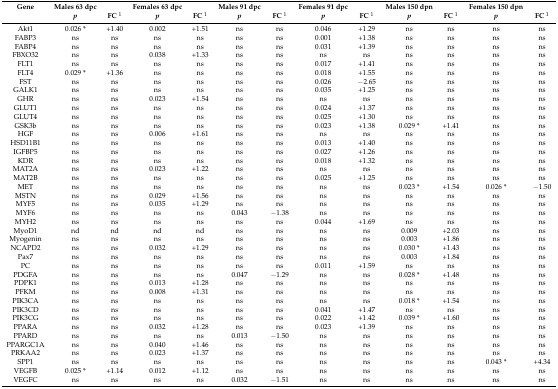
<table><thead><tr><td><b>Gene</b></td><td><b>Males 63 dpc</b></td><td></td><td><b>Females 63 dpc</b></td><td></td><td><b>Males 91 dpc</b></td><td></td><td><b>Females 91 dpc</b></td><td></td><td><b>Males 150 dpn</b></td><td></td><td><b>Females 150 dpn</b></td><td></td></tr><tr><td></td><td><b><i>p</i></b></td><td><b>FC <sup>1</sup></b></td><td><b><i>p</i></b></td><td><b>FC <sup>1</sup></b></td><td><b><i>p</i></b></td><td><b>FC <sup>1</sup></b></td><td><b><i>p</i></b></td><td><b>FC <sup>1</sup></b></td><td><b><i>p</i></b></td><td><b>FC <sup>1</sup></b></td><td><b><i>p</i></b></td><td><b>FC <sup>1</sup></b></td></tr></thead><tbody><tr><td>Akt1</td><td>0.026 *</td><td>+1.40</td><td>0.002</td><td>+1.51</td><td>ns</td><td>ns</td><td>0.046</td><td>+1.29</td><td>ns</td><td>ns</td><td>ns</td><td>ns</td></tr><tr><td>FABP3</td><td>ns</td><td>ns</td><td>ns</td><td>ns</td><td>ns</td><td>ns</td><td>0.001</td><td>+1.38</td><td>ns</td><td>ns</td><td>ns</td><td>ns</td></tr><tr><td>FABP4</td><td>ns</td><td>ns</td><td>ns</td><td>ns</td><td>ns</td><td>ns</td><td>0.031</td><td>+1.39</td><td>ns</td><td>ns</td><td>ns</td><td>ns</td></tr><tr><td>FBXO32</td><td>ns</td><td>ns</td><td>0.038</td><td>+1.33</td><td>ns</td><td>ns</td><td>ns</td><td>ns</td><td>ns</td><td>ns</td><td>ns</td><td>ns</td></tr><tr><td>FLT1</td><td>ns</td><td>ns</td><td>ns</td><td>ns</td><td>ns</td><td>ns</td><td>0.017</td><td>+1.41</td><td>ns</td><td>ns</td><td>ns</td><td>ns</td></tr><tr><td>FLT4</td><td>0.029 *</td><td>+1.36</td><td>ns</td><td>ns</td><td>ns</td><td>ns</td><td>0.018</td><td>+1.55</td><td>ns</td><td>ns</td><td>ns</td><td>ns</td></tr><tr><td>FST</td><td>ns</td><td>ns</td><td>ns</td><td>ns</td><td>ns</td><td>ns</td><td>0.026</td><td>−2.65</td><td>ns</td><td>ns</td><td>ns</td><td>ns</td></tr><tr><td>GALK1</td><td>ns</td><td>ns</td><td>ns</td><td>ns</td><td>ns</td><td>ns</td><td>0.035</td><td>+1.25</td><td>ns</td><td>ns</td><td>ns</td><td>ns</td></tr><tr><td>GHR</td><td>ns</td><td>ns</td><td>0.023</td><td>+1.54</td><td>ns</td><td>ns</td><td>ns</td><td>ns</td><td>ns</td><td>ns</td><td>ns</td><td>ns</td></tr><tr><td>GLUT1</td><td>ns</td><td>ns</td><td>ns</td><td>ns</td><td>ns</td><td>ns</td><td>0.024</td><td>+1.37</td><td>ns</td><td>ns</td><td>ns</td><td>ns</td></tr><tr><td>GLUT4</td><td>ns</td><td>ns</td><td>ns</td><td>ns</td><td>ns</td><td>ns</td><td>0.025</td><td>+1.30</td><td>ns</td><td>ns</td><td>ns</td><td>ns</td></tr><tr><td>GSK3b</td><td>ns</td><td>ns</td><td>ns</td><td>ns</td><td>ns</td><td>ns</td><td>0.023</td><td>+1.38</td><td>0.029 *</td><td>+1.41</td><td>ns</td><td>ns</td></tr><tr><td>HGF</td><td>ns</td><td>ns</td><td>0.006</td><td>+1.61</td><td>ns</td><td>ns</td><td>ns</td><td>ns</td><td>ns</td><td>ns</td><td>ns</td><td>ns</td></tr><tr><td>HSD11B1</td><td>ns</td><td>ns</td><td>ns</td><td>ns</td><td>ns</td><td>ns</td><td>0.013</td><td>+1.40</td><td>ns</td><td>ns</td><td>ns</td><td>ns</td></tr><tr><td>IGFBP5</td><td>ns</td><td>ns</td><td>ns</td><td>ns</td><td>ns</td><td>ns</td><td>0.027</td><td>+1.26</td><td>ns</td><td>ns</td><td>ns</td><td>ns</td></tr><tr><td>KDR</td><td>ns</td><td>ns</td><td>ns</td><td>ns</td><td>ns</td><td>ns</td><td>0.018</td><td>+1.32</td><td>ns</td><td>ns</td><td>ns</td><td>ns</td></tr><tr><td>MAT2A</td><td>ns</td><td>ns</td><td>0.023</td><td>+1.22</td><td>ns</td><td>ns</td><td>ns</td><td>ns</td><td>ns</td><td>ns</td><td>ns</td><td>ns</td></tr><tr><td>MAT2B</td><td>ns</td><td>ns</td><td>ns</td><td>ns</td><td>ns</td><td>ns</td><td>0.025</td><td>+1.25</td><td>ns</td><td>ns</td><td>ns</td><td>ns</td></tr><tr><td>MET</td><td>ns</td><td>ns</td><td>ns</td><td>ns</td><td>ns</td><td>ns</td><td>ns</td><td>ns</td><td>0.023 *</td><td>+1.54</td><td>0.026 *</td><td>−1.50</td></tr><tr><td>MSTN</td><td>ns</td><td>ns</td><td>0.029</td><td>+1.56</td><td>ns</td><td>ns</td><td>ns</td><td>ns</td><td>ns</td><td>ns</td><td>ns</td><td>ns</td></tr><tr><td>MYF5</td><td>ns</td><td>ns</td><td>0.035</td><td>+1.29</td><td>ns</td><td>ns</td><td>ns</td><td>ns</td><td>ns</td><td>ns</td><td>ns</td><td>ns</td></tr><tr><td>MYF6</td><td>ns</td><td>ns</td><td>ns</td><td>ns</td><td>0.043</td><td>−1.38</td><td>ns</td><td>ns</td><td>ns</td><td>ns</td><td>ns</td><td>ns</td></tr><tr><td>MYH2</td><td>ns</td><td>ns</td><td>ns</td><td>ns</td><td>ns</td><td>ns</td><td>0.044</td><td>+1.69</td><td>ns</td><td>ns</td><td>ns</td><td>ns</td></tr><tr><td>MyoD1</td><td>nd</td><td>nd</td><td>nd</td><td>nd</td><td>ns</td><td>ns</td><td>ns</td><td>ns</td><td>0.009</td><td>+2.03</td><td>ns</td><td>ns</td></tr><tr><td>Myogenin</td><td>ns</td><td>ns</td><td>ns</td><td>ns</td><td>ns</td><td>ns</td><td>ns</td><td>ns</td><td>0.003</td><td>+1.86</td><td>ns</td><td>ns</td></tr><tr><td>NCAPD2</td><td>ns</td><td>ns</td><td>0.032</td><td>+1.29</td><td>ns</td><td>ns</td><td>ns</td><td>ns</td><td>0.030 *</td><td>+1.43</td><td>ns</td><td>ns</td></tr><tr><td>Pax7</td><td>ns</td><td>ns</td><td>ns</td><td>ns</td><td>ns</td><td>ns</td><td>ns</td><td>ns</td><td>0.003</td><td>+1.84</td><td>ns</td><td>ns</td></tr><tr><td>PC</td><td>ns</td><td>ns</td><td>ns</td><td>ns</td><td>ns</td><td>ns</td><td>0.011</td><td>+1.59</td><td>ns</td><td>ns</td><td>ns</td><td>ns</td></tr><tr><td>PDGFA</td><td>ns</td><td>ns</td><td>ns</td><td>ns</td><td>0.047</td><td>−1.29</td><td>ns</td><td>ns</td><td>0.028 *</td><td>+1.48</td><td>ns</td><td>ns</td></tr><tr><td>PDPK1</td><td>ns</td><td>ns</td><td>0.013</td><td>+1.28</td><td>ns</td><td>ns</td><td>ns</td><td>ns</td><td>ns</td><td>ns</td><td>ns</td><td>ns</td></tr><tr><td>PFKM</td><td>ns</td><td>ns</td><td>0.008</td><td>+1.31</td><td>ns</td><td>ns</td><td>ns</td><td>ns</td><td>ns</td><td>ns</td><td>ns</td><td>ns</td></tr><tr><td>PIK3CA</td><td>ns</td><td>ns</td><td>ns</td><td>ns</td><td>ns</td><td>ns</td><td>ns</td><td>ns</td><td>0.018 *</td><td>+1.54</td><td>ns</td><td>ns</td></tr><tr><td>PIK3CD</td><td>ns</td><td>ns</td><td>ns</td><td>ns</td><td>ns</td><td>ns</td><td>0.041</td><td>+1.47</td><td>ns</td><td>ns</td><td>ns</td><td>ns</td></tr><tr><td>PIK3CG</td><td>ns</td><td>ns</td><td>ns</td><td>ns</td><td>ns</td><td>ns</td><td>0.022</td><td>+1.42</td><td>0.039 *</td><td>+1.60</td><td>ns</td><td>ns</td></tr><tr><td>PPARA</td><td>ns</td><td>ns</td><td>0.032</td><td>+1.28</td><td>ns</td><td>ns</td><td>0.023</td><td>+1.39</td><td>ns</td><td>ns</td><td>ns</td><td>ns</td></tr><tr><td>PPARD</td><td>ns</td><td>ns</td><td>ns</td><td>ns</td><td>0.013</td><td>−1.50</td><td>ns</td><td>ns</td><td>ns</td><td>ns</td><td>ns</td><td>ns</td></tr><tr><td>PPARGC1A</td><td>ns</td><td>ns</td><td>0.040</td><td>+1.46</td><td>ns</td><td>ns</td><td>ns</td><td>ns</td><td>ns</td><td>ns</td><td>ns</td><td>ns</td></tr><tr><td>PRKAA2</td><td>ns</td><td>ns</td><td>0.023</td><td>+1.37</td><td>ns</td><td>ns</td><td>ns</td><td>ns</td><td>ns</td><td>ns</td><td>ns</td><td>ns</td></tr><tr><td>SPP1</td><td>ns</td><td>ns</td><td>ns</td><td>ns</td><td>ns</td><td>ns</td><td>ns</td><td>ns</td><td>ns</td><td>ns</td><td>0.043 *</td><td>+4.34</td></tr><tr><td>VEGFB</td><td>0.025 *</td><td>+1.14</td><td>0.012</td><td>+1.12</td><td>ns</td><td>ns</td><td>ns</td><td>ns</td><td>ns</td><td>ns</td><td>ns</td><td>ns</td></tr><tr><td>VEGFC</td><td>ns</td><td>ns</td><td>ns</td><td>ns</td><td>0.032</td><td>−1.51</td><td>ns</td><td>ns</td><td>ns</td><td>ns</td><td>ns</td><td>ns</td></tr></tbody></table>